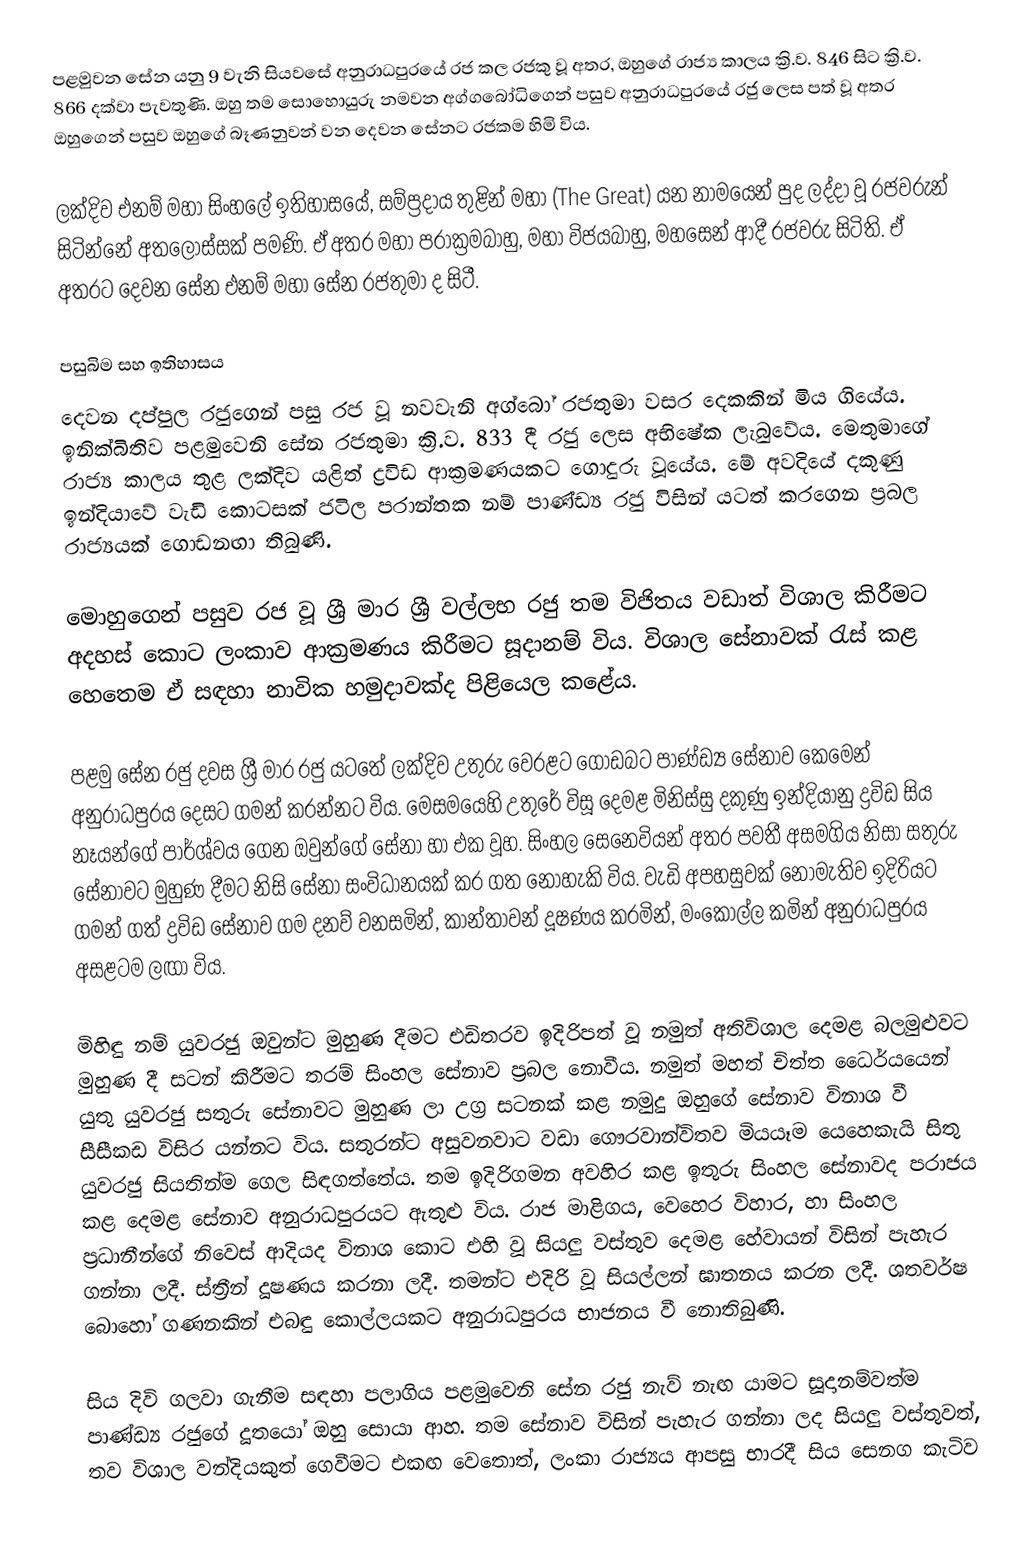
පළමුවන සේන යනු 9 වැනි සියවසේ අනුරාධපුරයේ රජ කල රජකු වූ අතර, ඔහුගේ රාජ්‍ය කාලය ක්‍රි.ව. 846 සිට ක්‍රි.ව. 866 දක්වා පැවතුණි. ඔහු තම සොහොයුරු නමවන අග්ගබෝධිගෙන් පසුව අනුරාධපුරයේ රජු ලෙස පත් වූ අතර ඔහුගෙන් පසුව ඔහුගේ බෑණනුවන් වන දෙවන සේනට රජකම හිමි විය.

ලක්දිව එනම් මහා සිංහලේ ඉතිහාසයේ, සම්ප්‍රදාය තුළින් මහා (The Great) යන නාමයෙන් පුද ලද්දා වූ රජවරුන් සිටින්නේ අතලොස්සක් පමණි. ඒ අතර මහා පරාක්‍රමබාහු, මහා විජයබාහු, මහසෙන් ආදී රජවරු සිටිති. ඒ අතරට දෙවන සේන එනම් මහා සේන රජතුමා ද සිටී.

පසුබිම සහ ඉතිහාසය
දෙවන දප්පුල රජුගෙන් පසු රජ වූ නවවැනි අග්බෝ රජතුමා වසර දෙකකින් මිය ගියේය. ඉනික්බිතිව පළමුවෙනි සේන රජතුමා ක්‍රි.ව. 833 දී රජු ලෙස අභිෂේක ලැබුවේය. මෙතුමාගේ රාජ්‍ය කාලය තුළ ලක්දිව යළිත් ද්‍රවිඩ ආක්‍රමණයකට ගොදුරු වූයේය. මේ අවදියේ දකුණු ඉන්දියාවේ වැඩි කොටසක් ජටිල පරාන්තක නම් පාණ්ඩ්‍ය රජු විසින් යටත් කරගෙන ප්‍රබල රාජ්‍යයක් ගොඩනඟා තිබුණි.

මොහුගෙන් පසුව රජ වූ ශ්‍රී මාර ශ්‍රී වල්ලභ රජු තම විජිතය වඩාත් විශාල කිරීමට අදහස් කොට ලංකාව ආක්‍රමණය කිරීමට සූදානම් විය. විශාල සේනාවක් රැස් කළ හෙතෙම ඒ සඳහා නාවික හමුදාවක්ද පිළියෙල කළේය.

පළමු සේන රජු දවස ශ්‍රී මාර රජු යටතේ ලක්දිව උතුරු වෙරළට ගොඩබට පාණ්ඩ්‍ය සේනාව කෙමෙන් අනුරාධපුරය දෙසට ගමන් කරන්නට විය. මෙසමයෙහි උතුරේ විසූ දෙමළ මිනිස්සු දකුණු ඉන්දියානු ද්‍රවිඩ සිය නෑයන්ගේ පාර්ශ්වය ගෙන ඔවුන්ගේ සේනා හා එක වූහ. සිංහල සෙනෙවියන් අතර පවතී අසමගිය නිසා සතුරු සේනාවට මුහුණ දීමට නිසි සේනා සංවිධානයක් කර ගත නොහැකි විය. වැඩි අපහසුවක් නොමැතිව ඉදිරියට ගමන් ගත් ද්‍රවිඩ සේනාව ගම දනව් වනසමින්, කාන්තාවන් දූෂණය කරමින්, මංකොල්ල කමින් අනුරාධපුරය අසළටම ලඟා විය.

මිහිඳු නම් යුවරජු ඔවුන්ට මුහුණ දීමට එඩිතරව ඉදිරිපත් වූ නමුත් අතිවිශාල දෙමළ බලමුළුවට මුහුණ දී සටන් කිරීමට තරම් සිංහල සේනාව ප්‍රබල නොවීය. නමුත් මහත් චිත්ත ධෛර්යයෙන් යුතු යුවරජු සතුරු සේනාවට මුහුණ ලා උග්‍ර සටනක් කළ නමුදු ඔහුගේ සේනාව විනාශ වී සීසීකඩ විසිර යන්නට විය. සතුරන්ට අසුවනවාට වඩා ගෞරවාන්විතව මියයෑම යෙහෙකැයි සිතු යුවරජු සියතින්ම ගෙල සිඳගත්තේය. තම ඉදිරිගමන අවහිර කළ ඉතුරු සිංහල සේනාවද පරාජය කළ දෙමළ සේනාව අනුරාධපුරයට ඇතුළු විය. රාජ මාළිගය, වෙහෙර විහාර, හා සිංහල ප්‍රධානීන්ගේ නිවෙස් ආදියද විනාශ කොට එහි වූ සියලු වස්තුව දෙමළ හේවායන් විසින් පැහැර ගන්නා ලදී. ස්ත්‍රීන් දූෂණය කරනා ලදී. තමන්ට එදිරි වූ සියල්ලන් ඝාතනය කරන ලදී. ශතවර්ෂ බොහෝ ගණනකින් එබඳු කොල්ලයකට අනුරාධපුරය භාජනය වී නොතිබුණි.

සිය දිවි ගලවා ගැනීම සඳහා පලාගිය පළමුවෙනි සේන රජු නැව් නැඟ යාමට සූදානම්වත්ම පාණ්ඩ්‍ය රජුගේ දූතයෝ ඔහු සොයා ආහ. තම සේනාව විසින් පැහැර ගන්නා ලද සියලු වස්තුවත්, තව විශාල වන්දියකුත් ගෙවීමට එකඟ වෙතොත්, ලංකා රාජ්‍යය ආපසු භාරදී සිය සෙනග කැටිව